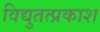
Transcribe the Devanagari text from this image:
विद्युतत्प्रकाश